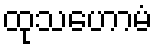
ထုသဟောမံ